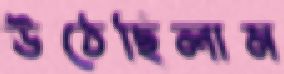
উঠেছিলাম